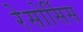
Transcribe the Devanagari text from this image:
रेसोर्सिस